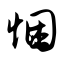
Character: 悃